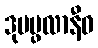
ဒုမပ္ဖလာနီဝ